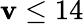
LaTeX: \mathbf{v}\leq14